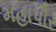
મહાપૌર